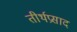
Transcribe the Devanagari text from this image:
तीर्थप्रसाद